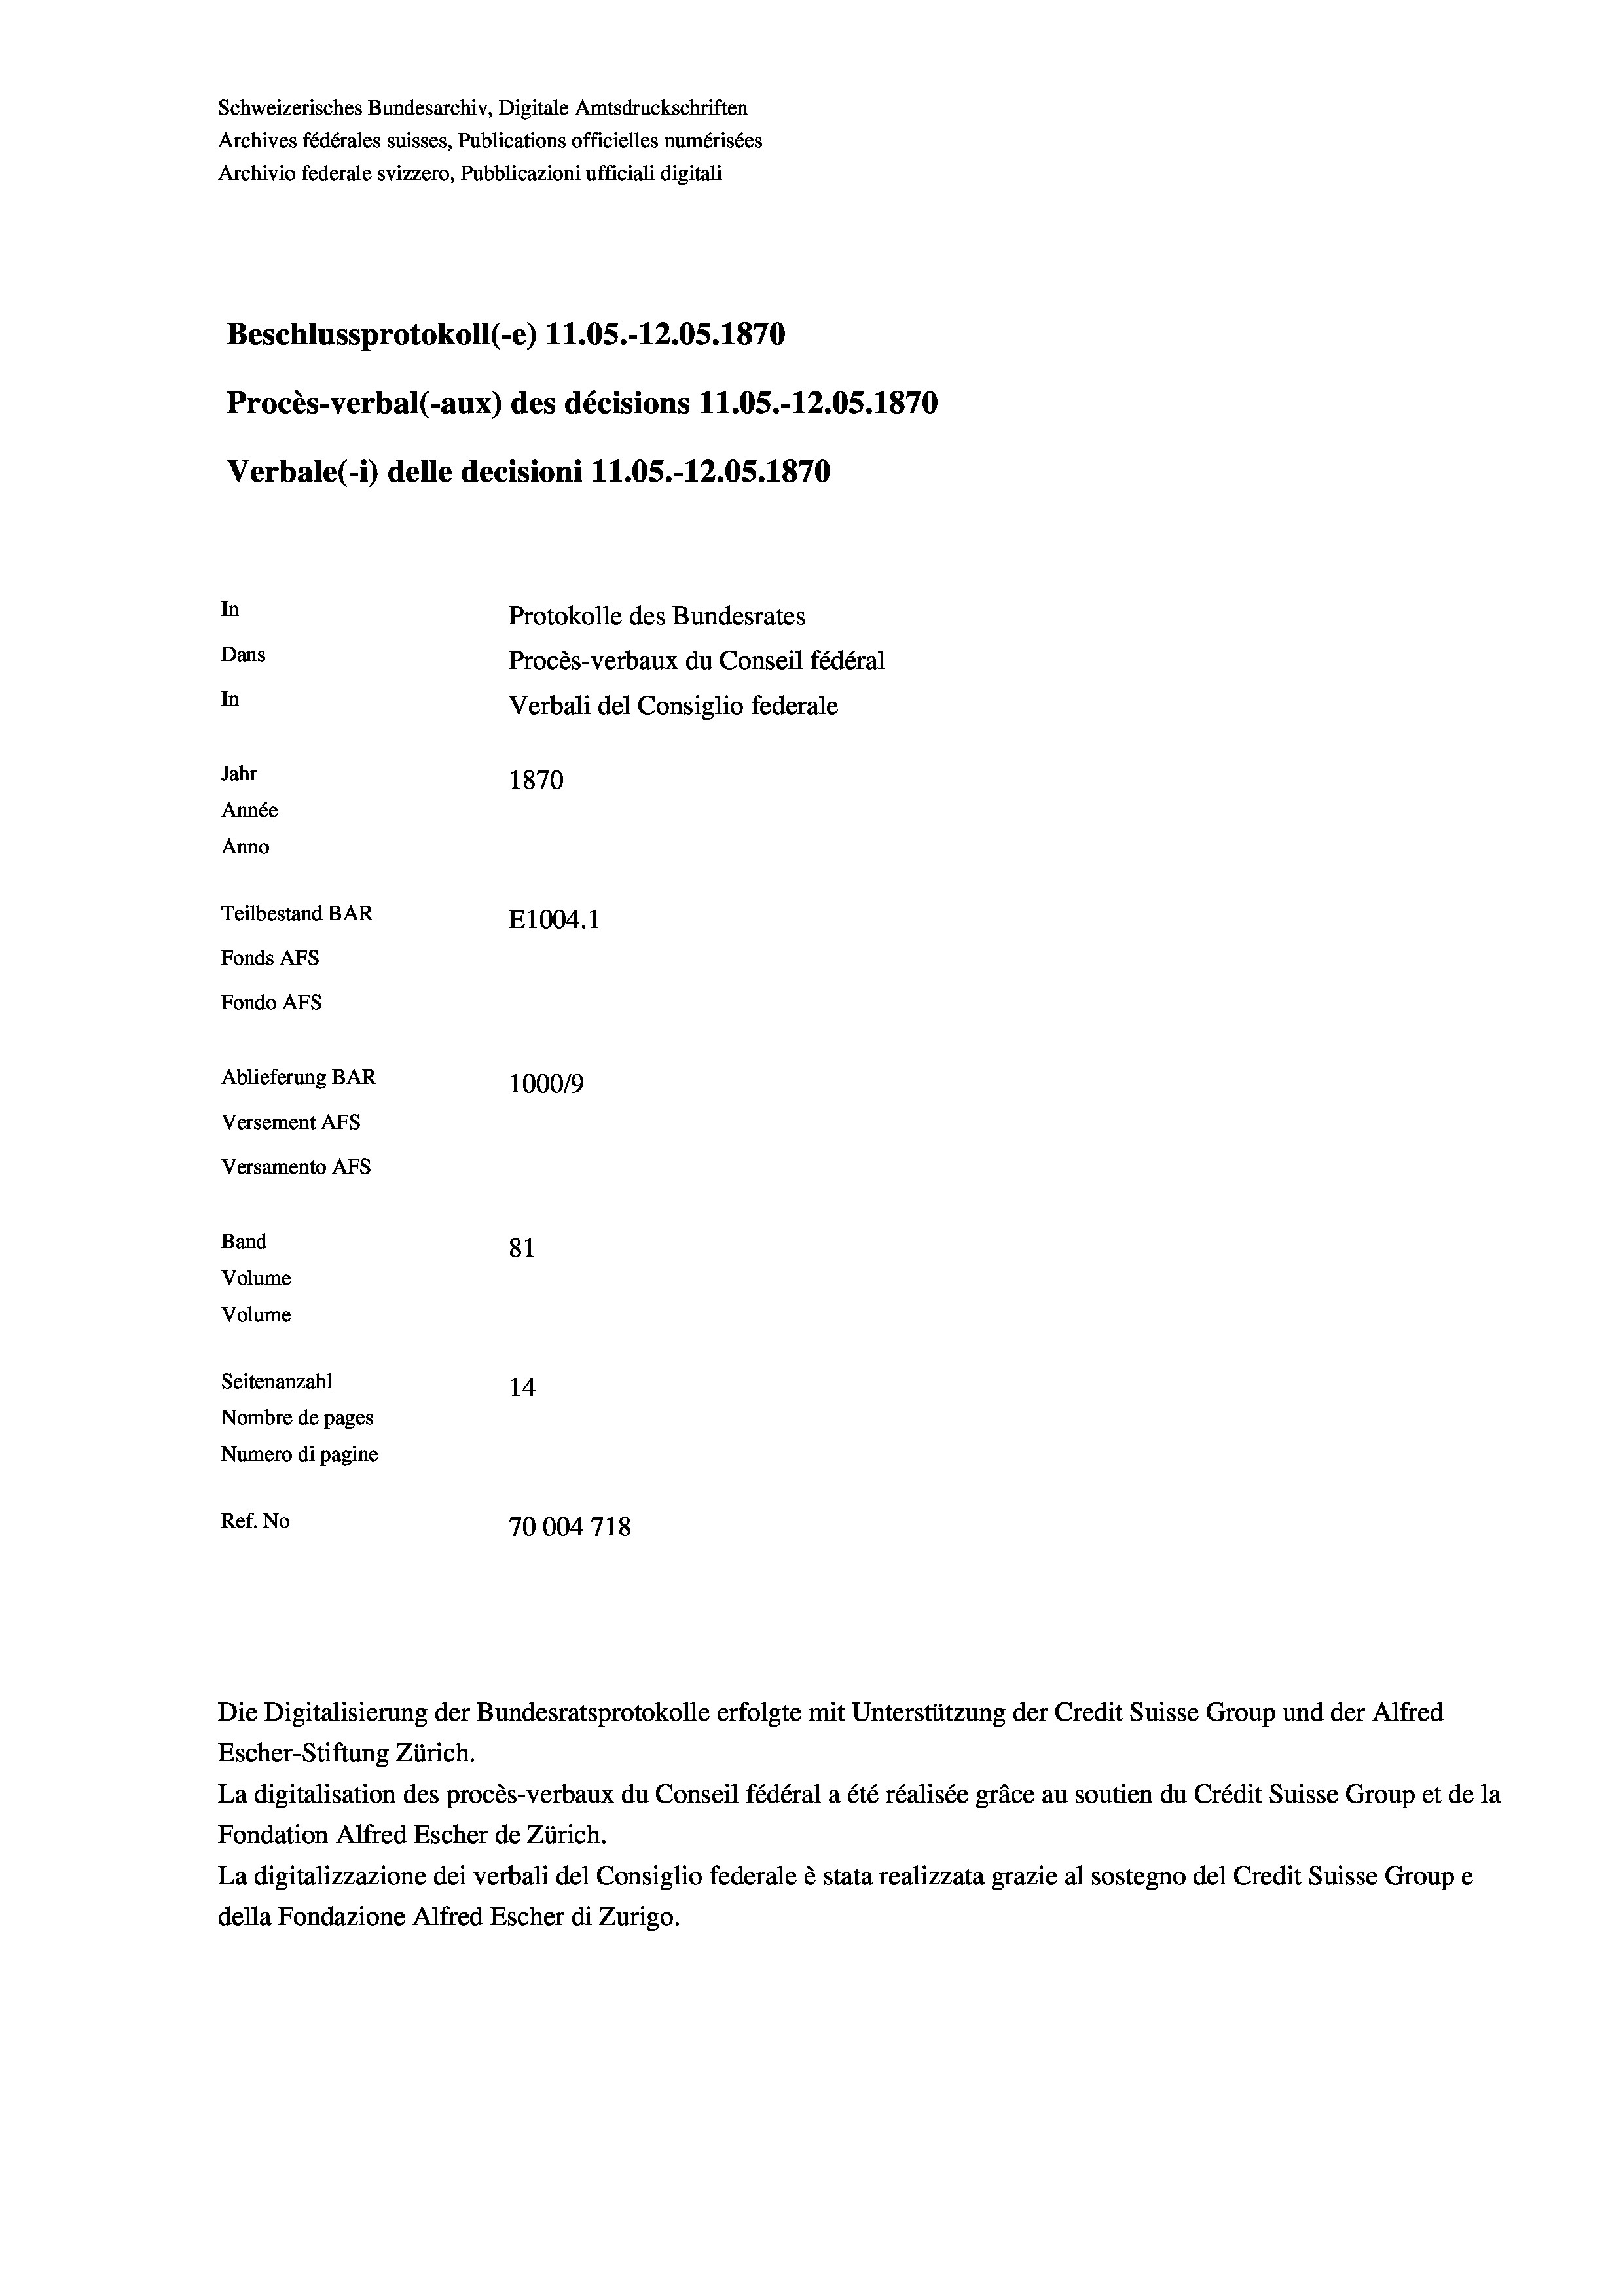
Schweizerisches Bundesarchiv, Digitale Amtsdruckschriften
Archives fédérales suisses, Publications officielles numérisées
Archivio federale svizzero, Pubblicazioni ufficiali digitali
Beschlussprotokoll (-e) 11.05.-12.05. 1870
Procès-verbal (-aux) des décisions 11.05.-12.05. 1870
Verbale(-*) delle decisioni 11.05.-12.05. 1870
In
Protokolle des Bundesrates
Dans
Procès-verbaux du Conseil fédéral
In
Verbali del Consiglio federale
Jahr
1870
Année
Anno
Teilbestand BAR
E1004. 1
Fonds AFs
Fondo AFS
Ablieferung BAR
100019
Versement AFs
Versamento AFs

81
Seitenanzahl
14
Nombre de pages
Numero di pagine
Ref. No
70004718

Band
Volume
Volume

Escher-Stiftung Zürich.
La digitalisation des procès-verbaux du Conseil fédéral a été réalisée gräce au soutien du Crédit Suisse Group et de la
Fondation Alfred Escher de Zürich.
La digitalizzazione dei verbali del Consiglio federale è stata realizzata grazie al sostegno del Credit Suisse Groupe
della Fondazione Alfred Escher di Zurigo.

Die Digitalisierung der Bundesratsprotokolle erfolgte mit Unterstützung der Credit Suisse Group und der Alfred